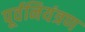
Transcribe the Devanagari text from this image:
पूर्वनियंत्रण